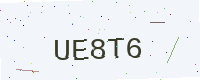
Text: UE8T6